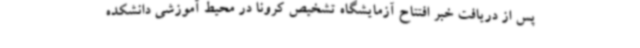
پس از دریافت خبر افتتاح آزمایشگاه تشخیص کرونا در محیط آموزشی دانشکده